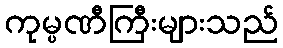
ကုမ္ပဏီကြီးများသည်